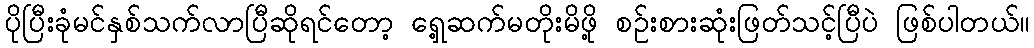
ပိုပြီးခုံမင်နှစ်သက်လာပြီဆိုရင်တော့ ရှေ့ဆက်မတိုးမိဖို့ စဉ်းစားဆုံးဖြတ်သင့်ပြီပဲ ဖြစ်ပါတယ်။